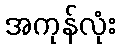
အကုန်လုံး